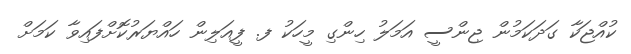
ކުއްޖަކާ ގަދަކަމުން ޖިންސީ އަމަލު ހިންގި މީހަކު ފ. ފީއަލިން ހައްޔަރުކޮށްފައިވާ ކަމަށް